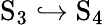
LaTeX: \mathrm{S}_{3}\hookrightarrow\mathrm{S}_{4}